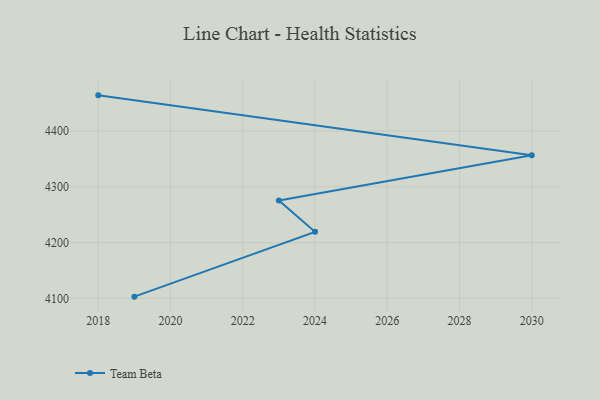
{"axis": {"x": "Year", "y": "Satisfaction Score"}, "legend": ["Team Beta"], "data": [{"x": "2019", "y": 4103.1, "type": "Team Beta"}, {"x": "2024", "y": 4219.3, "type": "Team Beta"}, {"x": "2023", "y": 4275.6, "type": "Team Beta"}, {"x": "2030", "y": 4356.6, "type": "Team Beta"}, {"x": "2018", "y": 4464.0, "type": "Team Beta"}]}